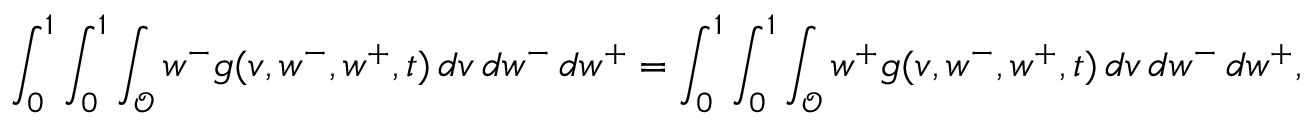
\int _ { 0 } ^ { 1 } \int _ { 0 } ^ { 1 } \int _ { \mathcal { O } } w ^ { - } g ( v , w ^ { - } , w ^ { + } , t ) \, d v \, d w ^ { - } \, d w ^ { + } = \int _ { 0 } ^ { 1 } \int _ { 0 } ^ { 1 } \int _ { \mathcal { O } } w ^ { + } g ( v , w ^ { - } , w ^ { + } , t ) \, d v \, d w ^ { - } \, d w ^ { + } ,